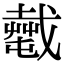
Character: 𢨎